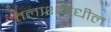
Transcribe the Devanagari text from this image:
तलाशमधील